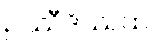
ဥဿီဒိဿထ